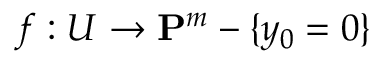
f : U \to \mathbf { P } ^ { m } - \{ y _ { 0 } = 0 \}